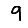
Digit: 9